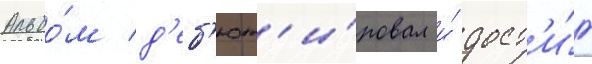
Альбо́м д'еб'ют'и́ровал и́ дост'и́г